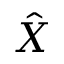
\hat { X }